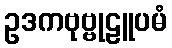
ဥဒကဗုဗ္ဗုဠူပမံ